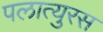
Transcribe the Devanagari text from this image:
पलात्युरस